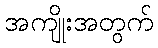
အကျိုးအတွက်